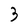
Character: 3